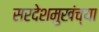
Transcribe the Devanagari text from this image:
सरदेशमुखंच्या